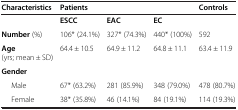
<table><thead><tr><td><b>Characteristics</b></td><td><b>Patients</b></td><td><b> </b></td><td><b> </b></td><td><b>Controls</b></td></tr></thead><tbody><tr><td> </td><td><b>ESCC</b></td><td><b>EAC</b></td><td><b>EC</b></td><td> </td></tr><tr><td><b>Number</b> (%)</td><td>106* (24.1%)</td><td>327* (74.3%)</td><td>440* (100%)</td><td>592</td></tr><tr><td><b>Age</b> (yrs; mean ± SD)</td><td>64.4 ± 10.5</td><td>64.9 ± 11.2</td><td>64.8 ± 11.1</td><td>63.4 ± 11.9</td></tr><tr><td><b>Gender</b></td><td> </td><td> </td><td> </td><td> </td></tr><tr><td>Male</td><td>67* (63.2%)</td><td>281 (85.9%)</td><td>348 (79.0%)</td><td>478 (80.7%)</td></tr><tr><td>Female</td><td>38* (35.8%)</td><td>46 (14.1%)</td><td>84 (19.1%)</td><td>114 (19.3%)</td></tr></tbody></table>